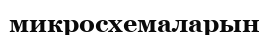
микросхемаларын